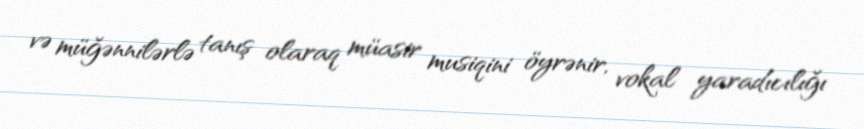
və müğənnilərlə tanış olaraq müasir musiqini öyrənir, vokal yaradıcılığı